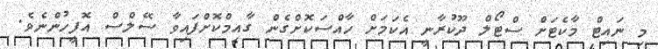
މި ނައިޓް މާކެޓަށް ސްޓޯލް ދޫކުރާނީ އެކަމަށް ހާއްސަކޮށްގެން ގާއިމްކޮށްފައިވާ ސޭލްސް އޮފީހުންނެވެ.